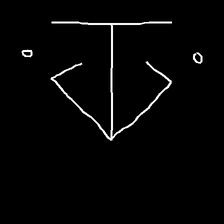
Glyph: earth